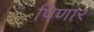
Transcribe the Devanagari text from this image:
पिणार